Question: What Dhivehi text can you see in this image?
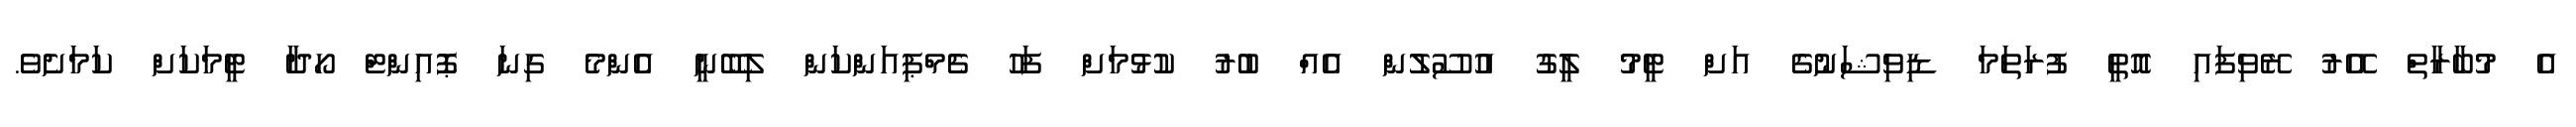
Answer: އެ މުބާރާތް އޭރު ރޭވިފައި އޮތީ ފުރަތަމަ ޑިވިޝަނުގެ އަށް ޓީމު ލީގު އުސޫލުން އެއް ބުރު ކުޅުމަށް ފަހު ޗެމްޕިއަންކަން ލިބޭނީ އެންމެ ގިނަ ޕޮއިންޓް ހޯދާ ޓީމަކަށް ކަމަށެވެ.